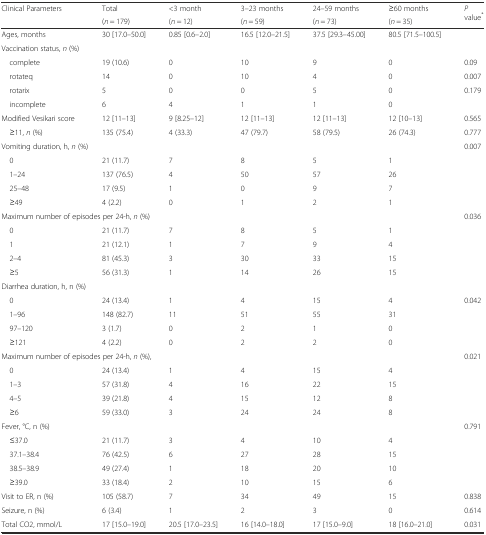
<table><thead><tr><td rowspan="2"><b>Clinical Parameters</b></td><td><b>Total</b></td><td><b>&lt;3 month</b></td><td><b>3–23 months</b></td><td><b>24–59 months</b></td><td><b>≥60 months</b></td><td rowspan="2"><b><i>P</i> value<sup>*</sup></b></td></tr><tr><td><b>(<i>n</i> = 179)</b></td><td><b>(<i>n</i> = 12)</b></td><td><b>(<i>n</i> = 59)</b></td><td><b>(<i>n</i> = 73)</b></td><td><b>(<i>n</i> = 35)</b></td></tr></thead><tbody><tr><td>Ages, months</td><td>30 [17.0–50.0]</td><td>0.85 [0.6–2.0]</td><td>16.5 [12.0–21.5]</td><td>37.5 [29.3–45.00]</td><td>80.5 [71.5–100.5]</td><td></td></tr><tr><td>Vaccination status, <i>n</i> (%)</td><td></td><td></td><td></td><td></td><td></td><td></td></tr><tr><td> complete</td><td>19 (10.6)</td><td>0</td><td>10</td><td>9</td><td>0</td><td>0.09</td></tr><tr><td> rotateq</td><td>14</td><td>0</td><td>10</td><td>4</td><td>0</td><td>0.007</td></tr><tr><td> rotarix</td><td>5</td><td>0</td><td>0</td><td>5</td><td>0</td><td>0.179</td></tr><tr><td> incomplete</td><td>6</td><td>4</td><td>1</td><td>1</td><td>0</td><td></td></tr><tr><td>Modified Vesikari score</td><td>12 [11–13]</td><td>9 [8.25–12]</td><td>12 [11–13]</td><td>12 [11–13]</td><td>12 [10–13]</td><td>0.565</td></tr><tr><td> ≥11, <i>n</i> (%)</td><td>135 (75.4)</td><td>4 (33.3)</td><td>47 (79.7)</td><td>58 (79.5)</td><td>26 (74.3)</td><td>0.777</td></tr><tr><td colspan="2">Vomiting duration, h, <i>n</i> (%)</td><td></td><td></td><td></td><td></td><td>0.007</td></tr><tr><td> 0</td><td>21 (11.7)</td><td>7</td><td>8</td><td>5</td><td>1</td><td></td></tr><tr><td> 1–24</td><td>137 (76.5)</td><td>4</td><td>50</td><td>57</td><td>26</td><td></td></tr><tr><td> 25–48</td><td>17 (9.5)</td><td>1</td><td>0</td><td>9</td><td>7</td><td></td></tr><tr><td> ≥49</td><td>4 (2.2)</td><td>0</td><td>1</td><td>2</td><td>1</td><td></td></tr><tr><td colspan="3">Maximum number of episodes per 24-h, <i>n</i> (%)</td><td></td><td></td><td></td><td>0.036</td></tr><tr><td> 0</td><td>21 (11.7)</td><td>7</td><td>8</td><td>5</td><td>1</td><td></td></tr><tr><td> 1</td><td>21 (12.1)</td><td>1</td><td>7</td><td>9</td><td>4</td><td></td></tr><tr><td> 2–4</td><td>81 (45.3)</td><td>3</td><td>30</td><td>33</td><td>15</td><td></td></tr><tr><td> ≥5</td><td>56 (31.3)</td><td>1</td><td>14</td><td>26</td><td>15</td><td></td></tr><tr><td colspan="2">Diarrhea duration, h, n (%)</td><td></td><td></td><td></td><td></td><td></td></tr><tr><td> 0</td><td>24 (13.4)</td><td>1</td><td>4</td><td>15</td><td>4</td><td>0.042</td></tr><tr><td> 1–96</td><td>148 (82.7)</td><td>11</td><td>51</td><td>55</td><td>31</td><td></td></tr><tr><td> 97–120</td><td>3 (1.7)</td><td>0</td><td>2</td><td>1</td><td>0</td><td></td></tr><tr><td> ≥121</td><td>4 (2.2)</td><td>0</td><td>2</td><td>2</td><td>0</td><td></td></tr><tr><td colspan="3">Maximum number of episodes per 24-h, <i>n</i> (%),</td><td></td><td></td><td></td><td>0.021</td></tr><tr><td> 0</td><td>24 (13.4)</td><td>1</td><td>4</td><td>15</td><td>4</td><td></td></tr><tr><td> 1–3</td><td>57 (31.8)</td><td>4</td><td>16</td><td>22</td><td>15</td><td></td></tr><tr><td> 4–5</td><td>39 (21.8)</td><td>4</td><td>15</td><td>12</td><td>8</td><td></td></tr><tr><td> ≥6</td><td>59 (33.0)</td><td>3</td><td>24</td><td>24</td><td>8</td><td></td></tr><tr><td>Fever, °C, n (%)</td><td></td><td></td><td></td><td></td><td></td><td>0.791</td></tr><tr><td> ≤37.0</td><td>21 (11.7)</td><td>3</td><td>4</td><td>10</td><td>4</td><td></td></tr><tr><td> 37.1–38.4</td><td>76 (42.5)</td><td>6</td><td>27</td><td>28</td><td>15</td><td></td></tr><tr><td> 38.5–38.9</td><td>49 (27.4)</td><td>1</td><td>18</td><td>20</td><td>10</td><td></td></tr><tr><td> ≥39.0</td><td>33 (18.4)</td><td>2</td><td>10</td><td>15</td><td>6</td><td></td></tr><tr><td>Visit to ER, n (%)</td><td>105 (58.7)</td><td>7</td><td>34</td><td>49</td><td>15</td><td>0.838</td></tr><tr><td>Seizure, n (%)</td><td>6 (3.4)</td><td>1</td><td>2</td><td>3</td><td>0</td><td>0.614</td></tr><tr><td>Total CO2, mmol/L</td><td>17 [15.0–19.0]</td><td>20.5 [17.0–23.5]</td><td>16 [14.0–18.0]</td><td>17 [15.0–9.0]</td><td>18 [16.0–21.0]</td><td>0.031</td></tr></tbody></table>